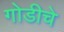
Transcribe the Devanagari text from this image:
गोडीचे